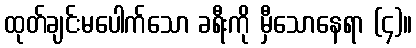
ထုတ်ချင်းမပေါက်သော ခရီးကို မှီသောနေရာ (၄)။